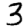
Digit: 3